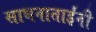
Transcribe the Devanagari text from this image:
साधनाताईंनी